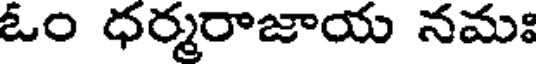
ఓం ధర్మరాజాయ నమః